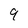
Character: q